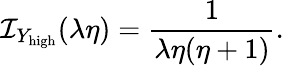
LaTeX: \mathcal{I}_{{Y_{\mathrm{high}}}}(\lambda\eta)=\frac{1}{\lambda\eta(\eta+1)}.